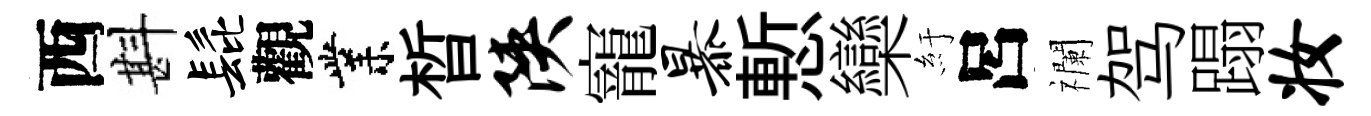
西斟髭觀業晳陕寵暴慙欒紆呂襴驾蹋妆